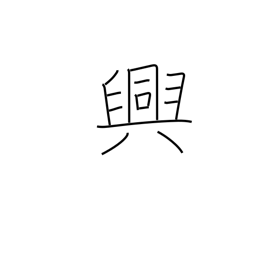
Meaning: pleasure